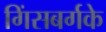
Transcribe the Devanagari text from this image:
गिंसबर्गके